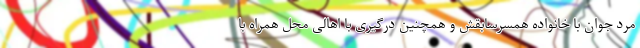
مرد جوان با خانواده همسرسابقش و همچنین درگیری با اهالی محل همراه با